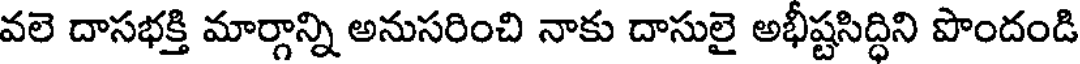
వలె దాసభక్తి మార్గాన్ని అనుసరించి నాకు దాసులై అభీష్టసిద్ధిని పొందండి